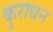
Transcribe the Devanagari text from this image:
कुराधन